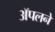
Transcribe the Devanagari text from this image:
ॲपलने